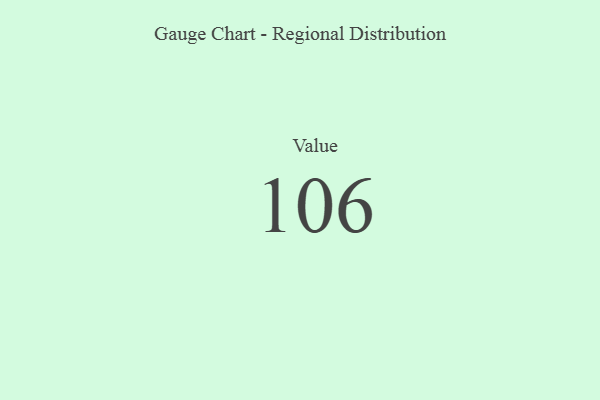
{"axis": {"x": "Metric", "y": "Value"}, "legend": [""], "data": [{"x": "Value", "y": 106, "type": ""}]}